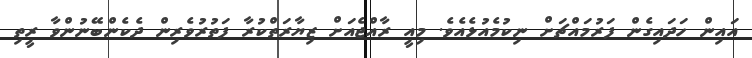
އައިން ހަދައިގެން ފަރުމައްޗަށް ނިކުމެއުޅެއެވެ. މިއީ ރާއްޖެއަށް ޒިޔާރަތްކުރާ ފަތުރުވެރިން ދެކެންބޭނުންވާ ރީތި